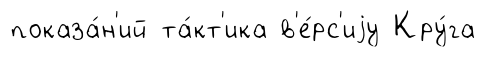
показа́н'ий та́кт'ика в'е́рс'иjу Кру́га